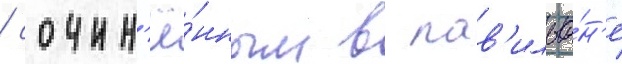
/ сочин'ё́нным в пав'ильо́н'е